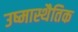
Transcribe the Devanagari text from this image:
उष्मास्थैतिक